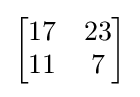
{\begin{bmatrix}17&23\\11&7\end{bmatrix}}